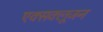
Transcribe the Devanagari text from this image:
एक्सक्लूजन